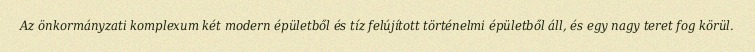
Az önkormányzati komplexum két modern épületből és tíz felújított történelmi épületből áll, és egy nagy teret fog körül.